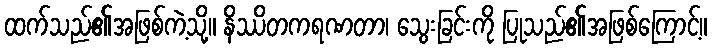
ထက်သည်၏အဖြစ်ကဲ့သို့။ နိဿိတကရဏတာ၊ သွေးခြင်းကို ပြုသည်၏အဖြစ်ကြောင့်။